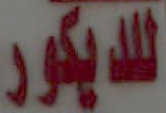
للديكور